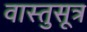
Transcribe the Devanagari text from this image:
वास्तुसूत्र